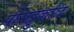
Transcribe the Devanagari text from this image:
पोराट्टुकळि